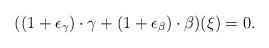
LaTeX: \begin{align*}((1+\epsilon_\gamma)\cdot \gamma + (1+\epsilon_\beta)\cdot \beta)(\xi) = 0.\end{align*}